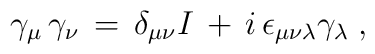
\gamma_\mu \,\gamma_\nu \,=\, \delta_{\mu\nu} I \,+ \, i \,\epsilon_{\mu\nu\lambda} \gamma_\lambda \;,